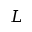
L